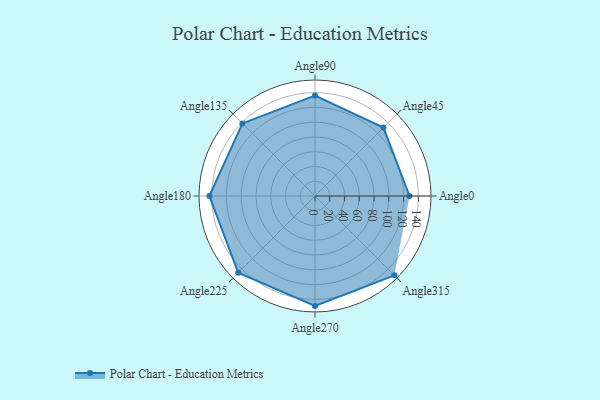
{"axis": {"x": "Angle", "y": "Radius"}, "legend": [""], "data": [{"x": "Angle0", "y": 128.0, "type": ""}, {"x": "Angle45", "y": 131.0, "type": ""}, {"x": "Angle90", "y": 136.0, "type": ""}, {"x": "Angle135", "y": 139.0, "type": ""}, {"x": "Angle180", "y": 143.0, "type": ""}, {"x": "Angle225", "y": 147.0, "type": ""}, {"x": "Angle270", "y": 149.0, "type": ""}, {"x": "Angle315", "y": 152.0, "type": ""}]}